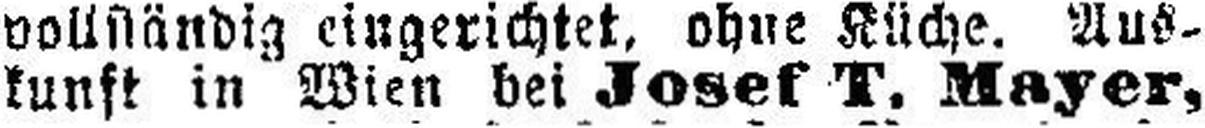
kunft in Wien bei Josef T. Mayer,